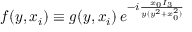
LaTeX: f ( y , x _ { i } ) \equiv g ( y , x _ { i } ) \, e ^ { - i \frac { x _ { 0 } I _ { 3 } } { y ( y ^ { 2 } + x _ { 0 } ^ { 2 } ) } }